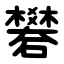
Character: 礬